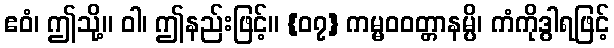
ဧဝံ၊ ဤသို့။ ဝါ၊ ဤနည်းဖြင့်။ {၀၇} ကမ္မဝဝတ္တာနမ္ပိ၊ ကံကိုဒွါရဖြင့်